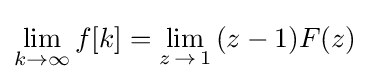
\lim _{k\to \infty }f[k]=\lim _{z\,\to \,1}{(z-1)F(z)}